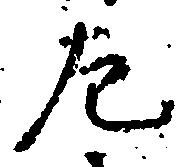
左